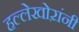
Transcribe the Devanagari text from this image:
हल्लेखोऱांनी